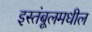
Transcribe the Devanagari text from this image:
इस्तंबूलमधील